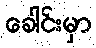
ခေါင်းမှာ